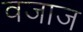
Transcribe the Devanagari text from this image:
वजाज